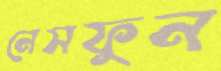
নেসফুন